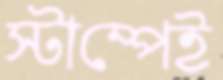
স্টাম্পেই